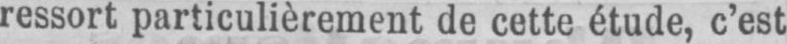
ressort particulièrement de cette étude, c’est